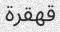
قھقرة